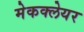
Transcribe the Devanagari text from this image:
मेकक्लेयर